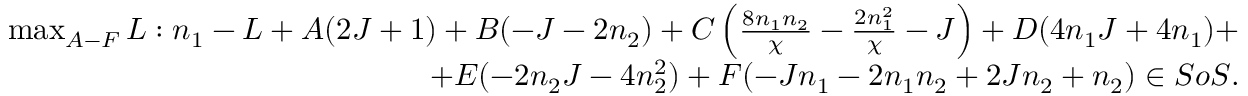
\begin{array} { r } { \operatorname* { m a x } _ { A - F } L : n _ { 1 } - L + A ( 2 J + 1 ) + B ( - J - 2 n _ { 2 } ) + C \left( \frac { 8 n _ { 1 } n _ { 2 } } { \chi } - \frac { 2 n _ { 1 } ^ { 2 } } { \chi } - J \right) + D ( 4 n _ { 1 } J + 4 n _ { 1 } ) + } \\ { + E ( - 2 n _ { 2 } J - 4 n _ { 2 } ^ { 2 } ) + F ( - J n _ { 1 } - 2 n _ { 1 } n _ { 2 } + 2 J n _ { 2 } + n _ { 2 } ) \in S o S . } \end{array}